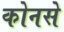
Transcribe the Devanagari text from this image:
कोनसे